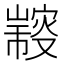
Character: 𠮍